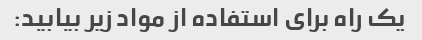
یک راه برای استفاده از مواد زیر بیابید: